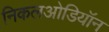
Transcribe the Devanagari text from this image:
निकलओडियॉन